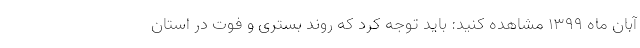
آبان ماه ۱۳۹۹ مشاهده کنید: باید توجه کرد که روند بستری و فوت در استان